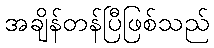
အချိန်တန်ပြီဖြစ်သည်